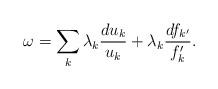
LaTeX: \begin{align*}\omega = \sum_{k} \lambda_{k} \frac{du_{k}}{u_{k}} + \lambda_{k} \frac{df_{k^{\prime}}}{f_{k}^{\prime}}.\end{align*}